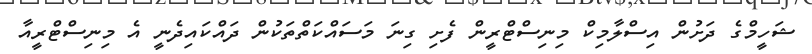
ޝަހީމްގެ ދަށުން އިސްލާމިކް މިނިސްޓްރީން ފެށި ގިނަ މަސައްކަތްތަކުން ދައްކައިދެނީ އެ މިނިސްޓްރީއާ